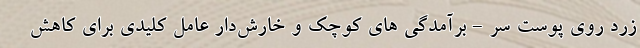
زرد روی پوست سر - برآمدگی های کوچک و خارش‌دار عامل کلیدی برای کاهش